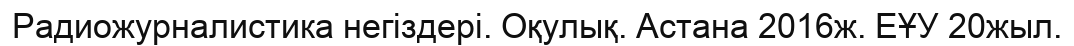
Радиожурналистика негіздері. Оқулық. Астана 2016ж. ЕҰУ 20жыл.